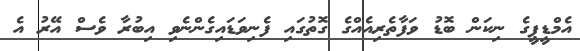
އެމްޑީޕީގެ ނިކަން ބޮޑު ވަފާތެރިއެއްގެ ގޮތުގައި ފެނިވަޑައިގެންނެވި އިބުރާ ވެސް އޭރު އެ